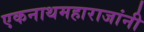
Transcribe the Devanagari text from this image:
एकनाथमहाराजांनी